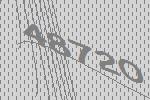
48720